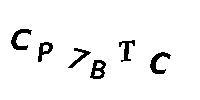
CP7BTC